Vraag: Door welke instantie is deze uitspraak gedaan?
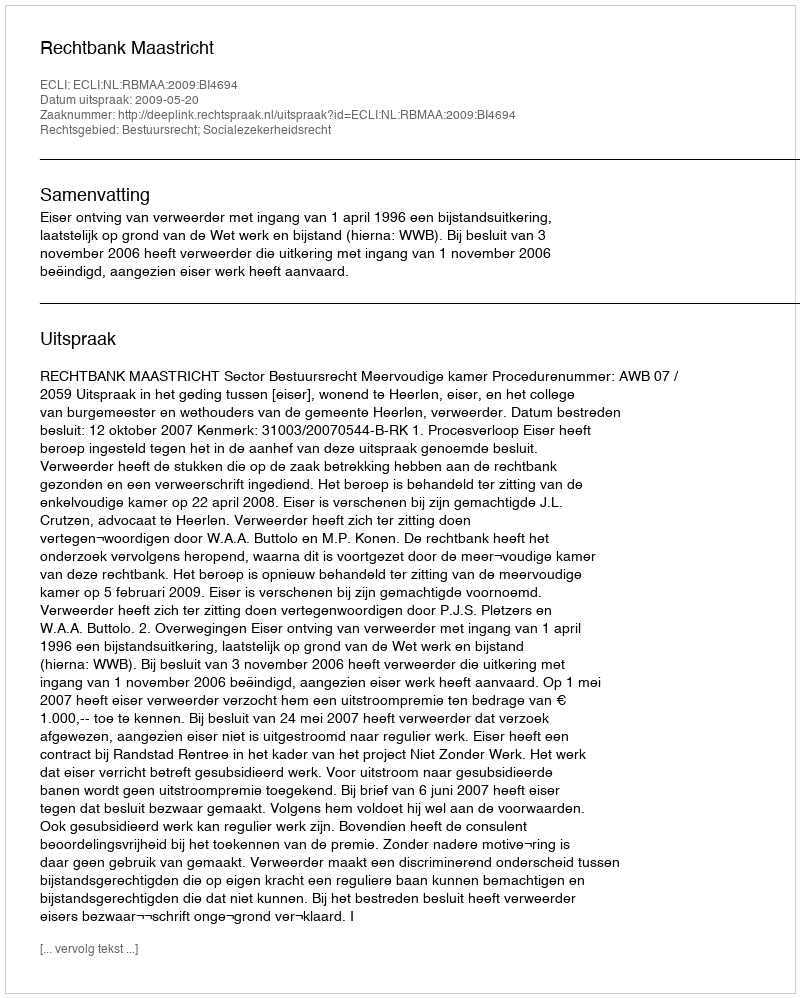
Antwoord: Rechtbank Maastricht